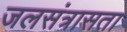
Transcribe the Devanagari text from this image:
जलसंत्रासता